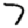
Digit: 7